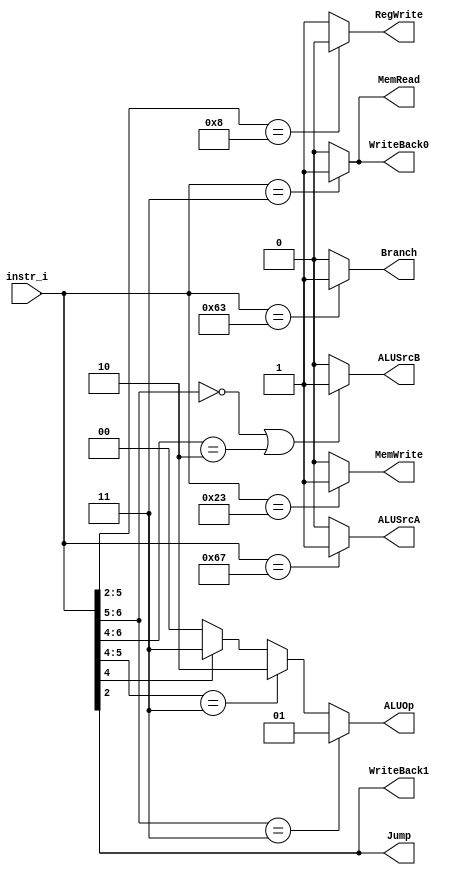

`timescale 1ns/1ps

module Decoder(
    input   [7-1:0]     instr_i,
    output              RegWrite,
    output              Branch,
    output              Jump,
    output              WriteBack1,
    output              WriteBack0,
    output              MemRead,
    output              MemWrite,
    output              ALUSrcA,
    output              ALUSrcB,
    output  [2-1:0]     ALUOp
);

assign RegWrite = (instr_i[5:2] == 4'b1000)? 0:1 ; // store and branch should be 0
assign Branch = (instr_i[6:0]==7'b1100011)? 1:0; // only branch
assign Jump = instr_i[2];  // jal or jalr 
assign WriteBack1 = instr_i[2];  // jal or jalr
assign WriteBack0 = (instr_i[6:0]==7'b0000011)? 1:0; // only load
assign MemRead = (instr_i[6:0]==7'b0000011)? 1:0; // only load
assign MemWrite =  (instr_i[6:0]==7'b0100011)? 1:0; // only store
assign ALUSrcA = (instr_i[6:0]==7'b1100111)? 1:0; // only jalr (src1 + immd)
assign ALUSrcB = (instr_i[6:5]==2'b00||instr_i[6:4]==3'b010)? 1:0; // addi, load, store
// lw,sw:00,branch:01,r-type:10,addi:11
assign ALUOp =  (instr_i[6:5]==2'b11)? 2'b01 : (instr_i[5:4]==2'b11)? 2'b10 : (instr_i[4]==1'b1)? 2'b11 : 2'b00;
endmodule